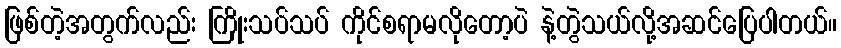
ဖြစ်တဲ့အတွက်လည်း ကြိုးသပ်သပ် ကိုင်စရာမလိုတော့ပဲ နဲ့တွဲသယ်လို့အဆင်ပြေပါတယ်။